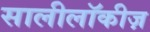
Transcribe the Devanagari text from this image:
सालीलॉकीज़